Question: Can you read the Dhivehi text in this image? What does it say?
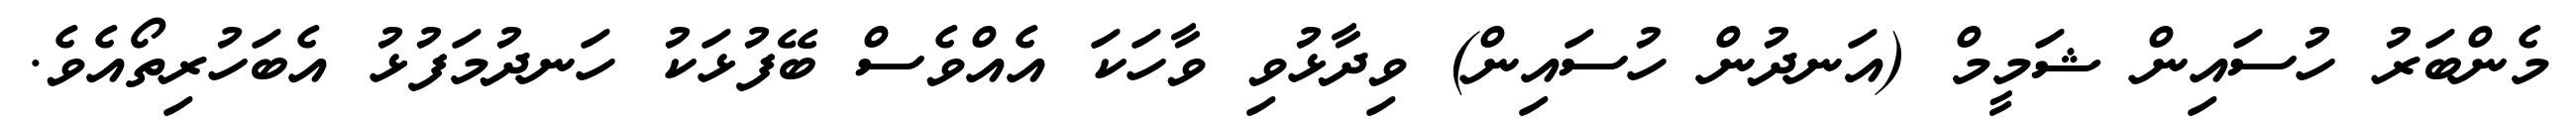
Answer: މެންބަރު ހުސައިން ޝަމީމް (އަނދުން ހުސައިން) ވިދާޅުވި ވާހަކަ އެއްވެސް ބޭފުޅަކު ހަނދުމަފުޅު އެބަހުރިތޯއެވެ.